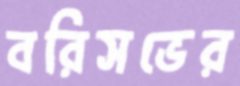
বরিসভের